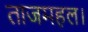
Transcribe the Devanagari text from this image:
ताजमहल।